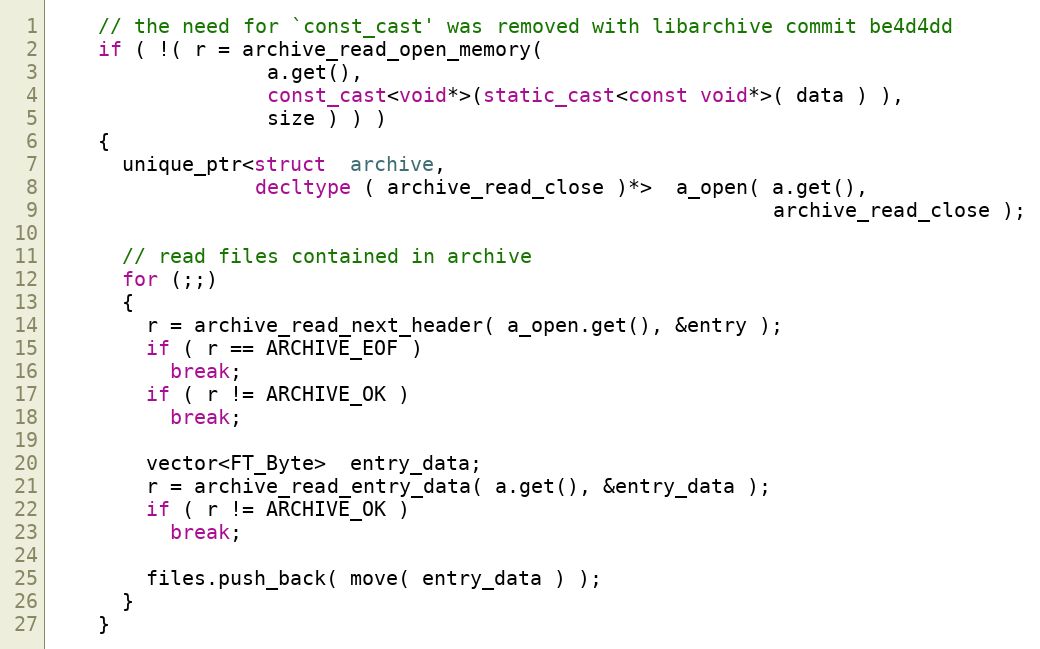
Language: C++
    // the need for `const_cast' was removed with libarchive commit be4d4dd
    if ( !( r = archive_read_open_memory(
                  a.get(),
                  const_cast<void*>(static_cast<const void*>( data ) ),
                  size ) ) )
    {
      unique_ptr<struct  archive,
                 decltype ( archive_read_close )*>  a_open( a.get(),
                                                            archive_read_close );

      // read files contained in archive
      for (;;)
      {
        r = archive_read_next_header( a_open.get(), &entry );
        if ( r == ARCHIVE_EOF )
          break;
        if ( r != ARCHIVE_OK )
          break;

        vector<FT_Byte>  entry_data;
        r = archive_read_entry_data( a.get(), &entry_data );
        if ( r != ARCHIVE_OK )
          break;

        files.push_back( move( entry_data ) );
      }
    }